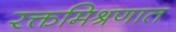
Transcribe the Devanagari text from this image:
रक्तमिश्रणात